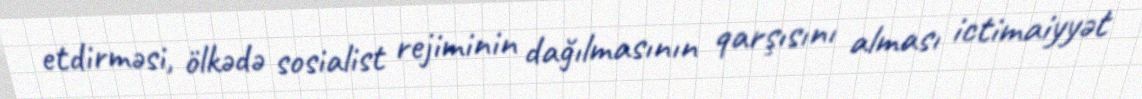
etdirməsi, ölkədə sosialist rejiminin dağılmasının qarşısını alması ictimaiyyət